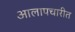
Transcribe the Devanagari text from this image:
आलापचारीत